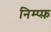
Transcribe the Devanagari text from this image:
निम्प्फ़